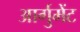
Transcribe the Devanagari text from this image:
आर्गुमेंट